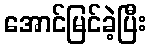
အောင်မြင်ခဲ့ပြီး